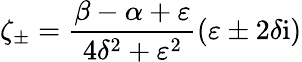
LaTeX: \zeta_{\pm}=\frac{\beta-\alpha+\varepsilon}{4\delta^{2}+\varepsilon^{2}}(\varepsilon\pm 2\delta\mathrm{i})